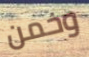
وخمن